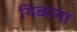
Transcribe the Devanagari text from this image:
गिळाया